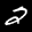
Label: 2